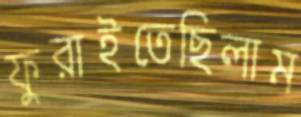
ফুরাইতেছিলাম